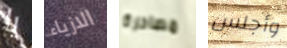
يا الازياء مصادرة وأجلس